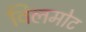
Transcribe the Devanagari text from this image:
विलमोट